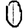
Digit: 0